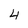
Character: 4